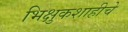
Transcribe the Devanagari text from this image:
भिक्षुकशाहीचे